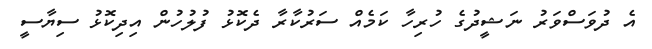
އެ ދުވަސްވަރު ނަޝީދުގެ ހުރިހާ ކަމެއް ސަރުކާރާ ދެކޮޅު ފުލުހުން އިދިކޮޅު ސިޔާސީ